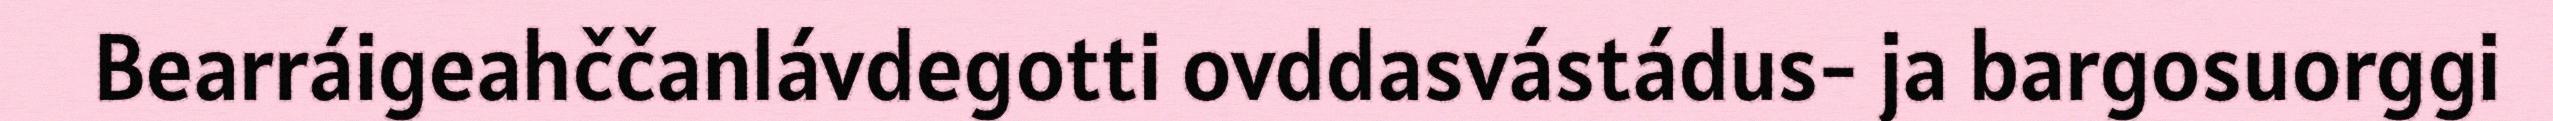
Bearráigeahččanlávdegotti ovddasvástádus- ja bargosuorggi